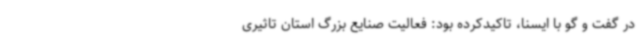
در گفت و گو با ایسنا، تاکیدکرده بود: فعالیت صنایع بزرگ استان تاثیری